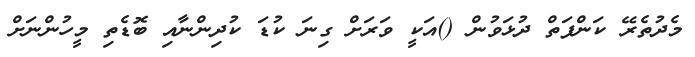
މެދުތެރޭ ކަންފަތް ދުޅަވުން ()އަކީ ވަރަށް ގިނަ ކުޑަ ކުދިންނާއި ބޮޑެތި މީހުންނަށް